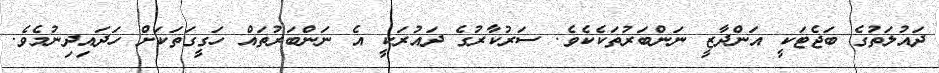
ދައުލަތުގެ ބަޖެޓަކީ އަންދާޒީ ނަންބަރުތަކެކެވެ. ސަރުކާރުގެ ދައުރަކީ އެ ނަންބަރުތައް ހަގީގަތަކަށް ހަދައިދިނުމެވެ.